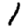
Digit: 1